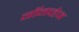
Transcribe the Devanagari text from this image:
नॉनव्हेज